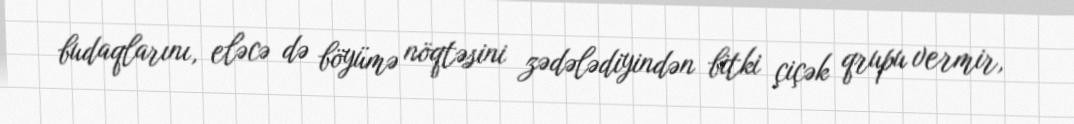
budaqlarını, eləcə də böyümə nöqtəsini zədələdiyindən bitki çiçək qrupu vermir,